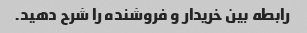
رابطه بین خریدار و فروشنده را شرح دهید.